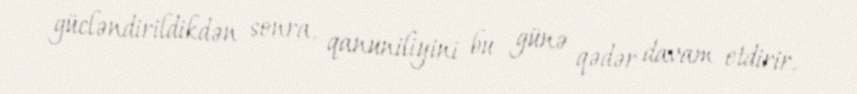
gücləndirildikdən sonra, qanuniliyini bu günə qədər davam etdirir.